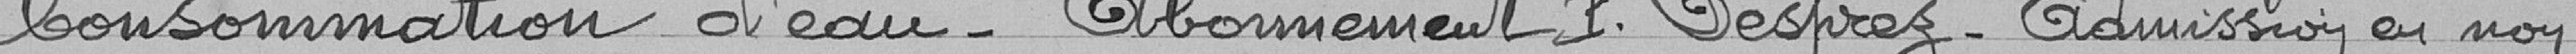
Consommation d'eau - Abonnement Desprez - Admission en non